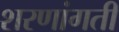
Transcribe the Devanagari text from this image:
शरणांगती